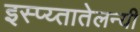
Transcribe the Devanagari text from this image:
इस्प्य्तातेलन्यी